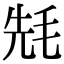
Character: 𣭡